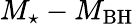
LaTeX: M_{\star}-M_{\mathrm{BH}}